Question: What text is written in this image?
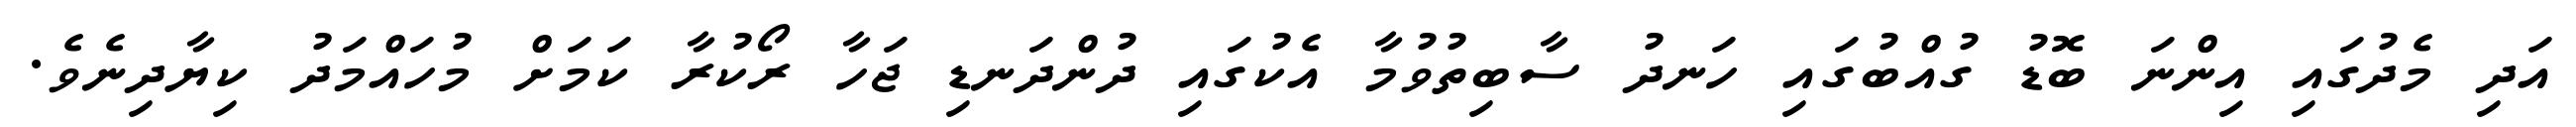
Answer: އަދި މެދުގައި އިންނަ ބޮޑު ގުއްބުގައި ހަނދު ސާބިތުވުމާ އެކުގައި ދުންދަނޑި ޖަހާ ރޯކުރާ ކަމަށް މުހައްމަދު ކިޔާދިނެވެ.